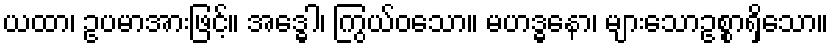
ယထာ၊ ဥပမာအားဖြင့်။ အဒ္ဓေါ၊ ကြွယ်ဝသော။ မဟဒ္ဓနော၊ များသောဥစ္စာရှိသော။